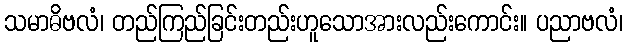
သမာဓိဗလံ၊ တည်ကြည်ခြင်းတည်းဟူသောအားလည်းကောင်း။ ပညာဗလံ၊